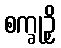
စက္ခုဉှိ